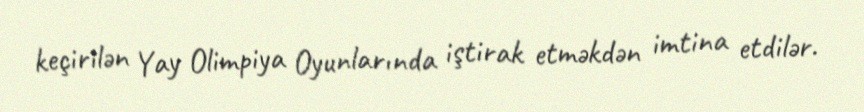
keçirilən Yay Olimpiya Oyunlarında iştirak etməkdən imtina etdilər.